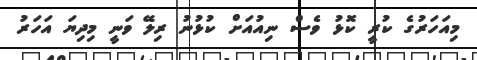
މިއަހަރުގެ ކުރީ ކޮޅު ވެސް ނިއުއަށް ކުޅުނު ރިލޭ ވަނީ މިދިޔަ އަހަރު